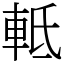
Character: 軧